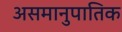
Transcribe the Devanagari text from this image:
असमानुपातिक